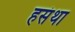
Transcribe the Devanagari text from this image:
हसंथा